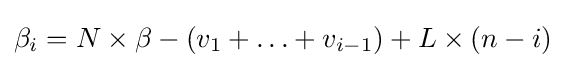
\beta _{i}=N\times \beta -\left(v_{1}+\ldots +v_{i-1}\right)+L\times (n-i)